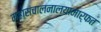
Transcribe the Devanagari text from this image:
महासंचालनालयामार्फत